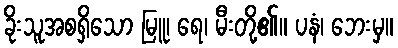
ခိုးသူအစရှိသော မြူ၊ ရေ၊ မီးတို့၏။ ပနံ၊ ဘေးမှ။